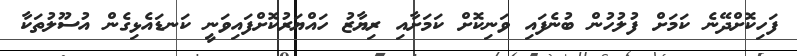
ފަހިކޮށްދޭނެ ކަަމަށް ފުލުހުން ބުނެފައި ވަނިކޮށް ކަމަށާއި ރިޔާޒު ހައްޔަރުކޮށްފައިވަނީ ކަނޑައެޅިގެން އުސޫލުތަކާ